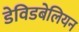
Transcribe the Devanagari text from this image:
डेविडबेलियन